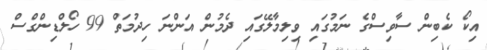
އިކޯ ކެބިން ސާވިސްގެ ނަމުގައި ވިލިމާލޭގައި ދެމުން އަންނަ ހިދުމަތް 99 ހޯލްޑިންގްސް